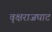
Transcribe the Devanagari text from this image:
वृक्षराजघाट